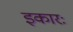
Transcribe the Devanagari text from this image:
इकारः